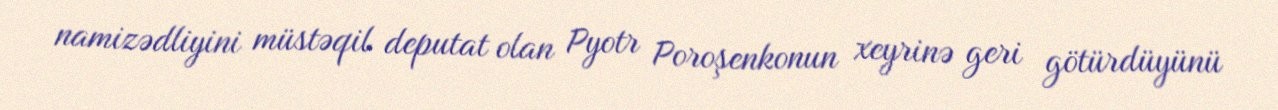
namizədliyini müstəqil deputat olan Pyotr Poroşenkonun xeyrinə geri götürdüyünü